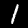
Digit: 1